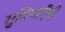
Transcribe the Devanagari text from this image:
सुविधाएँभी